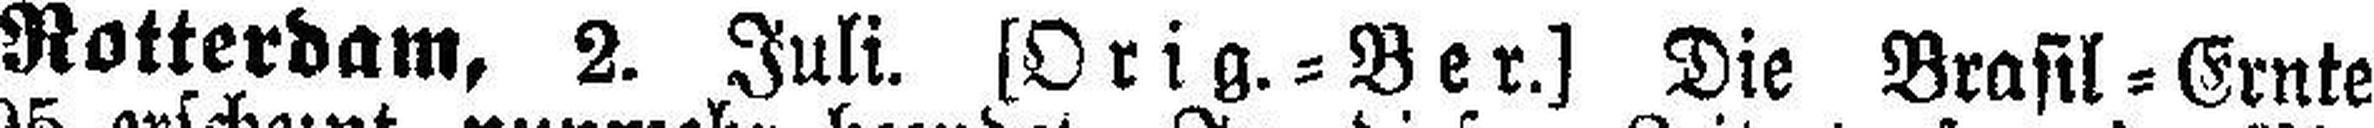
Rotterdam, 2. Juli. [Orig.=Ber.] Die Brasil=Ernte